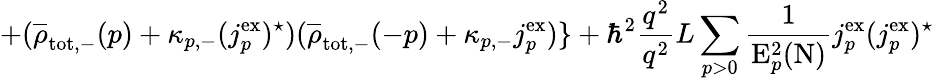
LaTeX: +(\overline{{{\rho}}}_{\mathrm{tot,-}}(p)+{\kappa}_{p,-}(j_{p}^{\mathrm{ex}})^{\star})(\overline{{{\rho}}}_{\mathrm{tot,-}}(-p)+{\kappa}_{p,-}{j_{p}^{\mathrm{ex}}})\} +{\hbar}^{2}\frac{q^{2}}{q^{2}}{L}\sum_{p>0}\frac{1}{\mathrm{E}_{p}^{2}(\mathrm{N})}j_{p}^{\mathrm{ex}}(j_{p}^{\mathrm{ex}})^{\star}